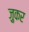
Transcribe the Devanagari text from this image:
ज़ुकर